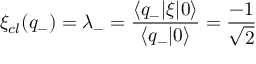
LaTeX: \xi _ { c l } ( q _ { - } ) = \lambda _ { - } = \frac { \langle q _ { - } | \xi | 0 \rangle } { \langle q _ { - } | 0 \rangle } = \frac { - 1 } { \sqrt { 2 } }